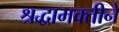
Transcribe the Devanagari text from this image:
श्रद्धाभक्तीने